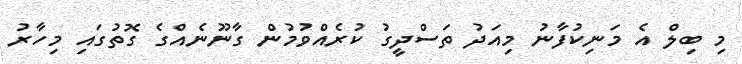
މި ބިލް އެ މަނިކުފާނު މިއަދު ތަސްދީގު ކުރެއްވުމުން ގާނޫނެއްގެ ގޮތުގައި މިހާރު